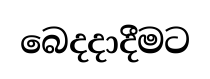
බෙදදාදීමට